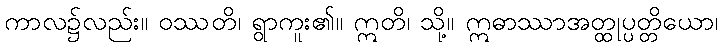
ကာလ၌လည်း။ ဝဿတိ၊ ရွာကူး၏။ ဣတိ၊ သို့။ ဣဓာဿာအတ္ထုပ္ပတ္တိယော၊